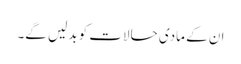
ان کے مادی حالات کو بدلیں گے۔